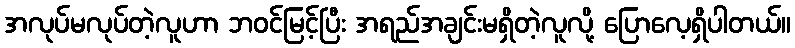
အလုပ်မလုပ်တဲ့လူဟာ ဘဝင်မြင့်ပြီး အရည်အချင်းမရှိတဲ့လူလို့ ပြောလေ့ရှိပါတယ်။